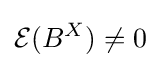
{\mathcal {E}}(B^{X})\neq 0